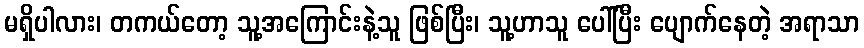
မရှိပါလား၊ တကယ်တော့ သူ့အကြောင်းနဲ့သူ ဖြစ်ပြီး၊ သူ့ဟာသူ ပေါ်ပြီး ပျောက်နေတဲ့ အရာသာ